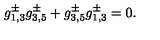
g _ { 1 , 3 } ^ { \pm } g _ { 3 , 5 } ^ { \pm } + g _ { 3 , 5 } ^ { \pm } g _ { 1 , 3 } ^ { \pm } = 0 .